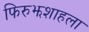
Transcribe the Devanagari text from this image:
फिरुझशाहला